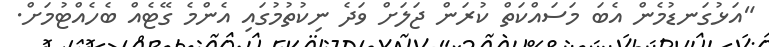
"އަޅުގަނޑުމެން އެބަ މަސައްކަތް ކުރަން ޖަލަށް ވަދެ ނިކުތުމުގައި އެންމެ ގޭޓެއް ބެހެއްޓުމަށް.